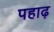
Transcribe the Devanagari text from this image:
पहाढ़